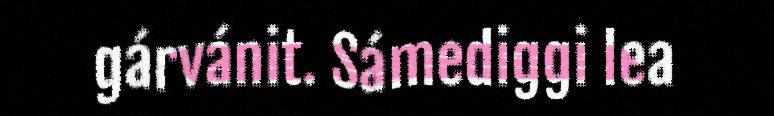
gárvánit. Sámediggi lea